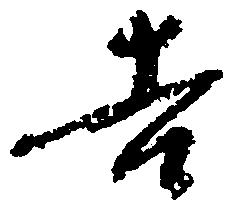
吉